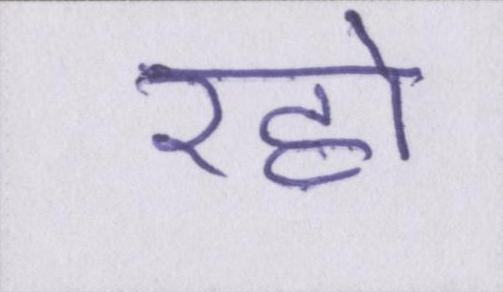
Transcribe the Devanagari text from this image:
रहो